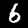
Label: 6